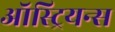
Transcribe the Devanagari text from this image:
ऑस्ट्रियन्स